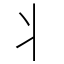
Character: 丬